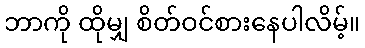
ဘာကို ထိုမျှ စိတ်ဝင်စားနေပါလိမ့်။